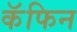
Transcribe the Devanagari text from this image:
कॅफिन